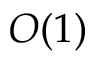
O ( 1 )